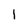
Character: 1